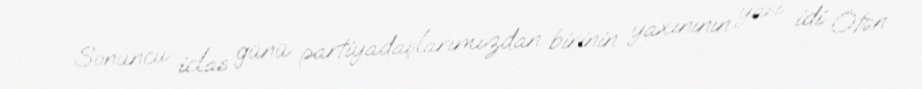
- Sonuncu iclas günü partiyadaşlarımızdan birinin yaxınının yası idi. Ötən